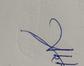
Signature authenticity: genuine